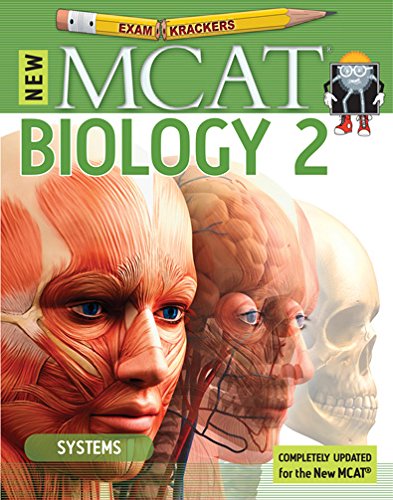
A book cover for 9th Edition Examkrackers MCAT Biology II: Systems (EXAMKRACKERS MCAT MANUALS); Jonathan Orsay; Test Preparation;